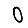
Digit: 0